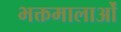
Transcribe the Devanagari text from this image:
भक्तमालाओं